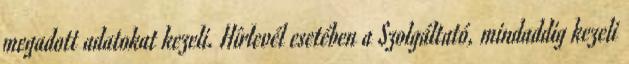
megadott adatokat kezeli. Hírlevél esetében a Szolgáltató, mindaddig kezeli